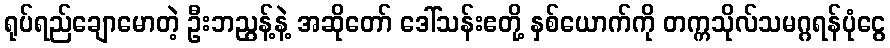
ရုပ်ရည်ချောမောတဲ့ ဦးဘညွန့်နဲ့ အဆိုတော် ဒေါ်သန်းဧတို့ နှစ်ယောက်ကို တက္ကသိုလ်သမဂ္ဂရန်ပုံငွေ